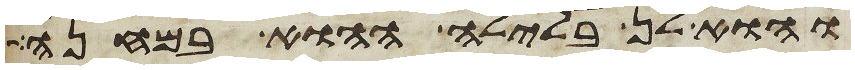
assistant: והוא לן בלילה ההוא במחנה